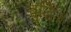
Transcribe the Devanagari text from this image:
बुद्धि॥